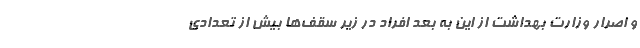
و اصرار وزارت بهداشت از این به بعد افراد در زیر سقف‌ها بیش از تعدادی